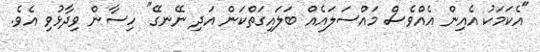
"އެކަމަކު އެއިން އެއްވެސް މައްސަލައެއް ބަލައިގަތްކަން އަދި ނޭނގޭ" ހިސާން ވިދާޅުވި އެވެ.